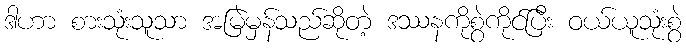
ဒါဟာ စားသုံးသူသာ အမြဲမှန်သည်ဆိုတဲ့ ဒဿနကိုစွဲကိုင်ပြီး ဝယ်ယူသုံးစွဲ